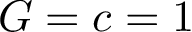
G = c = 1